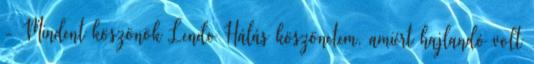
- Mindent köszönök Lendo Hálás köszönetem, amiért hajlandó volt